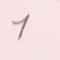
1